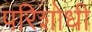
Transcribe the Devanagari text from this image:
परिशोधी